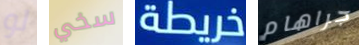
لو سخي خريطة جراهام